Annual administration report of the Civil Veterinary Department of India - 1902-1903
Year: 1902
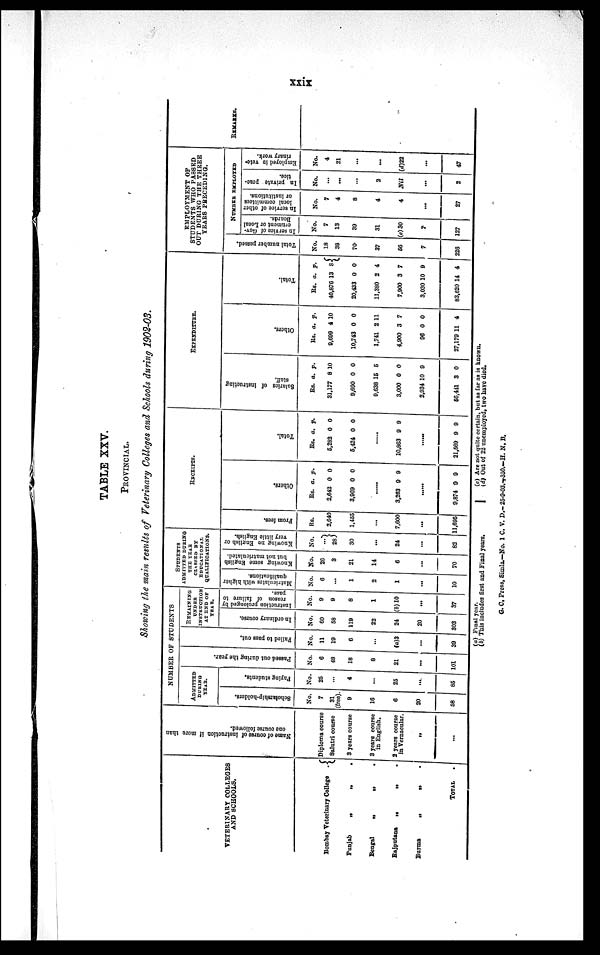
xxix
TABLE XXV.
PROVINCIAL.
Showing the main results of Veterinary Colleges and, Schools during 1902-03.
VETERINARY COLLEGES
AND SCHOOLS.
Bombay Veterinary College
.
Punjab
„
„
.
Bengal
„
„ .
Bajputana
„
„ .
Burma
„
„
.
TOTAL .
Na me of c our s
e of ins
tr
uc tion if mor e tha n
one course f
ol l
owed.
Diploma course
Salutri course
3 years course
3 years course
in English.
2 years course
in Vernacular.
„
...
NUMBER OF STUDENTS
ADMITTED
DURING
YEAR.
Scholarship-holders.
No.
7
31
(free).
9
16
6
20
58
Paying students.
No.
25
...
4
...
25
....
85
Passed out during the year.
No.
6
48
18
8
21
...
101
Fai l
ed to pass out.
No.
11
19
6
...
(a)3
...
39
REMAINING
UNDER
INSTRUCTION
AT END OF
YEAR.
In ordinary course.
No.
60
58
119
22
24
20
303
I nstruction prolonged by
reason of failure to
pass.
No.
9
9
8
1
(b)10
...
37
STUDENTS
ADMITTED DURING
THE YEAR
CUSSED BY
EDUCATIONAL
QUALIFICATIONS.
Matriculates with higher
qualifications.
No.
6
...
1
2
1
...
10
Knowing some English
but not matriculated.
No.
26
3
21
14
6
...
70
Knowing no English or
very little English.
No.
...
28
30
...
24
...
82
RECEIPTS.
From fees.
Rs.
2,640
1,455
...
7,600
...
11,695
Ot her s .
Rs.
2,642
3,069
a.
0
0
p.
0
0
......
3,263 9 9
......
9,874 9 9
Total.
Rs.
5,282
5,424
a.
0
0
p.
0
0
......
10,863 9 9
......
21,569 9 9
EXPENDITURE.
Salaries of instructing
staff.
Rs.
31,177
9,690
9,638
3,000
2,934 1
66,441
a.
8
0
15
0
0
3
p.
10
0
5
0
9
0
Others.
Rs.
9,699
10,743
1,741
4,900
96
27,179 1
a.
4
0
2
3
0
1
p.
10
0
11
7
0
4
Tot al .
Rs.
40,876
20,433
11,380
7,900
3,030
83,620
a.
13
0
2
3
10
14
p.
8
0
4
7
9
4
EMPLOYMENT OF
STUDENTS WHO PASSED
OUT DURING THE THREE
YEARS PRECEDING.
Total number passed.
No.
18
38
70
37
56
7
226
NUMBER EMPLOYED
In service of Gov-
ernment or Local
Boards.
No.
7
13
39
31
(c) 30
7
127
In service of other
local committees
or institutions.
No.
7
4
8
4
4
...
27
In private prac-
tice.
No.
...
...
...
2
Nil
...
2
Employed in vete-
rinary work.
No.
4
21
...
...
(d)22
...
47
REMARKS.
(a) Final year.
(b) This includes first and Final years.
(c) Are not quite certain, but as far as is known.
(d) Out of 22 unemployed, two have died.
G. C. Press, Simla.—No. 1 C. V. D.-25-9-03-350.-H. N. B.